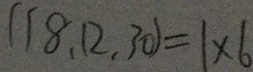
( 1 8 , 1 2 , 3 0 ) = 1 \times 6